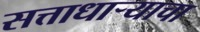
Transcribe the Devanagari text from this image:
सत्ताधार्‍याचा